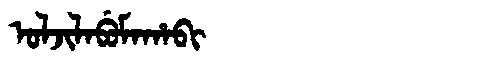
Manchu: ᠣᠯᠵᡳᠯᠠᠪᡠᠮᠠᡥᠠᠪᡳ
Romanization: OLJILABUMAHABI